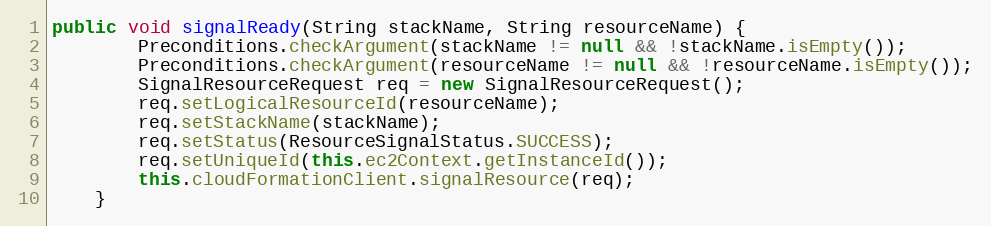
Language: Java
public void signalReady(String stackName, String resourceName) {
        Preconditions.checkArgument(stackName != null && !stackName.isEmpty());
        Preconditions.checkArgument(resourceName != null && !resourceName.isEmpty());
        SignalResourceRequest req = new SignalResourceRequest();
        req.setLogicalResourceId(resourceName);
        req.setStackName(stackName);
        req.setStatus(ResourceSignalStatus.SUCCESS);
        req.setUniqueId(this.ec2Context.getInstanceId());
        this.cloudFormationClient.signalResource(req);
    }